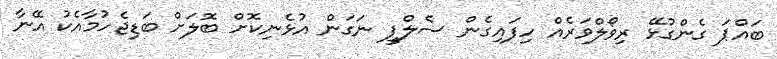
ބައްޕަ ގެންގުޅޭ ރިވޯލްވަރެއް ހިފައިގެން ސެލްފީ ނަގަން އުޅެނިކޮށް ބޮލަށް ބަޑިޖެހުމާއެކު އޭނާ